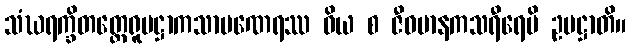
သံဃရက္ခိတတ္ထေရူပဋ္ဌာကသာမဏေရဿ ဝိယ စ ဇီဝမာနကသရီရေပိ ဥပဋ္ဌာတိ။